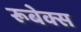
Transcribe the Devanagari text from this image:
रूबेक्स